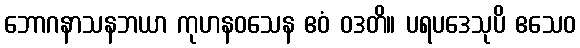
ဘောဂနာသနဘယာ ကုဟနဝသေန ဧဝံ ဝဒတိ။ ပရပဒေသုပိ ဧသေဝ